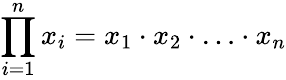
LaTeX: \prod_{i=1}^{n}x_{i}=x_{1}\cdot x_{2}\cdot\ldots\cdot x_{n}